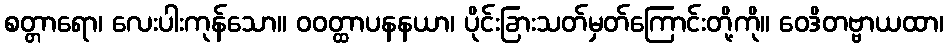
စတ္တာရော၊ လေးပါးကုန်သော။ ဝဝတ္ထာပနနယာ၊ ပိုင်းခြားသတ်မှတ်ကြောင်းတို့ကို။ ဝေဒိတဗ္ဗာယထာ၊